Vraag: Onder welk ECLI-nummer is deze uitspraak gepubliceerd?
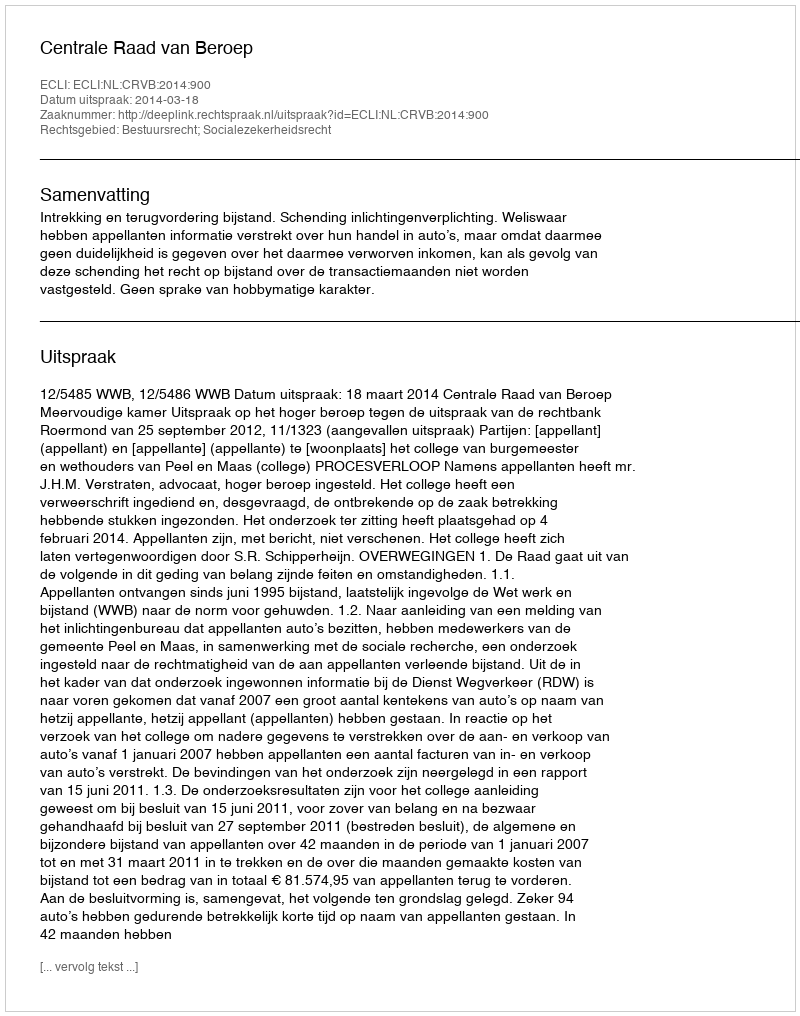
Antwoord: ECLI:NL:CRVB:2014:900